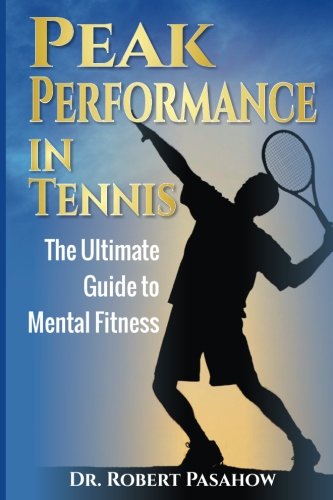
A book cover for Peak Performance in Tennis: The Ultimate Guide to Mental Fitness; Dr. Robert Pasahow; Sports & Outdoors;